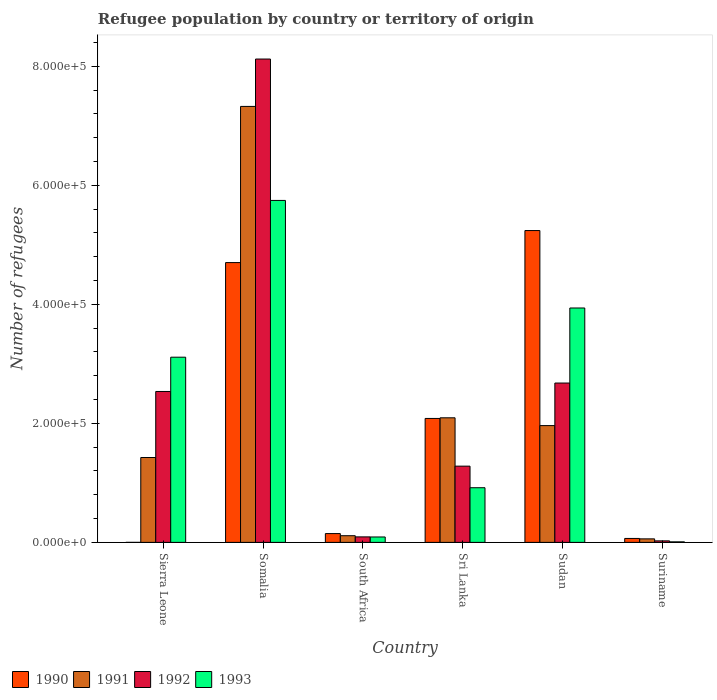
| Country | 1990 | 1991 | 1992 | 1993 |
 | --- | --- | --- | --- | --- |
 | Sierra Leone | 9 | 1.43e+05 | 2.54e+05 | 3.11e+05 |
 | Somalia | 4.7e+05 | 7.33e+05 | 8.12e+05 | 5.75e+05 |
 | South Africa | 1.48e+04 | 1.12e+04 | 9.24e+03 | 9.09e+03 |
 | Sri Lanka | 2.08e+05 | 2.09e+05 | 1.28e+05 | 9.18e+04 |
 | Sudan | 5.24e+05 | 1.96e+05 | 2.68e+05 | 3.94e+05 |
 | Suriname | 6.62e+03 | 5.92e+03 | 2.54e+03 | 893 |